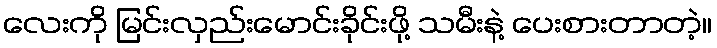
လေးကို မြင်းလှည်းမောင်းခိုင်းဖို့ သမီးနဲ့ ပေးစားတာတဲ့။